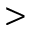
>